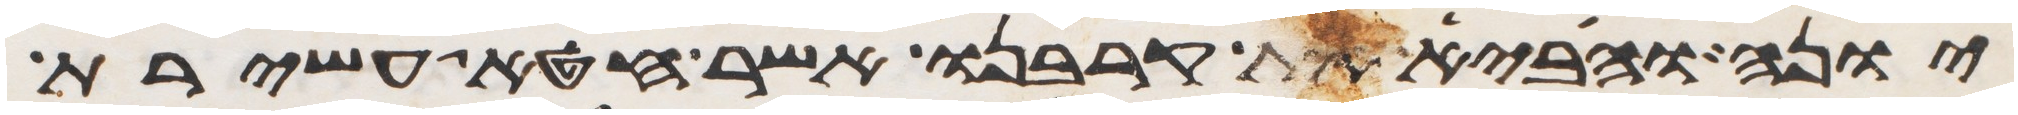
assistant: יונה והביא את קרבנו אשר חטא עשירת